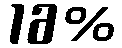
16%